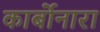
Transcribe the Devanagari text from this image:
कार्बोनारा